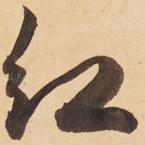
紅